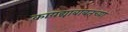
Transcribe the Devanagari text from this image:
कायद्याबाबतच्या